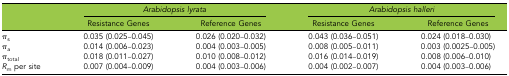
<table><thead><tr><td></td><td colspan="2"><b><i>Arabidopsis lyrata</i></b></td><td colspan="2"><b><i>Arabidopsis halleri</i></b></td></tr><tr><td></td><td><b>Resistance Genes</b></td><td><b>Reference Genes</b></td><td><b>Resistance Genes</b></td><td><b>Reference Genes</b></td></tr></thead><tbody><tr><td>π<sub>s</sub></td><td>0.035 (0.025–0.045)</td><td>0.026 (0.020–0.032)</td><td>0.043 (0.036–0.051)</td><td>0.024 (0.018–0.030)</td></tr><tr><td>π<sub>a</sub></td><td>0.014 (0.006–0.023)</td><td>0.004 (0.003–0.005)</td><td>0.008 (0.005–0.011)</td><td>0.003 (0.0025–0.005)</td></tr><tr><td>π<sub>total</sub></td><td>0.018 (0.011–0.027)</td><td>0.010 (0.008–0.012)</td><td>0.016 (0.014–0.019)</td><td>0.008 (0.006–0.010)</td></tr><tr><td><i>R</i><sub>m</sub> per site</td><td>0.007 (0.004–0.009)</td><td>0.004 (0.003–0.006)</td><td>0.004 (0.002–0.007)</td><td>0.004 (0.003–0.006)</td></tr></tbody></table>